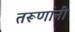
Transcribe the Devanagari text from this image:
तरूणांनी